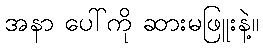
အနာ ပေါ်ကို ဆားမဖြူးနဲ့။